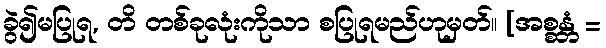
ခွဲ၍မပြုရ, တိ တစ်ခုလုံးကိုသာ စပြုရမည်ဟုမှတ်။ [အစ္စန္တံ =